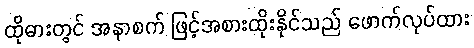
ထိုဓားတွင် အနာစက် ဖြင့်အစားထိုးနိုင်သည် ဖောက်လုပ်ထား